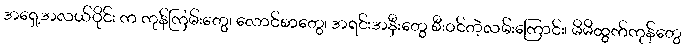
အရှေ့အလယ်ပိုင်း က ကုန်ကြမ်းတွေ၊ လောင်စာတွေ၊ အရင်းအနှီးတွေ စီးဝင်တဲ့လမ်းကြောင်း၊ မိမိထွက်ကုန်တွေ